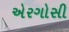
એરગોસી